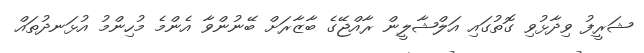
ޝަރީފު ވިދާޅުވި ގޮތުގައި އަލްޝާލީން ރާއްޖޭގެ ބާޒާރަށް ބޭނުންވާ އެންމެ މުހިންމު އުޅަނދުތައް